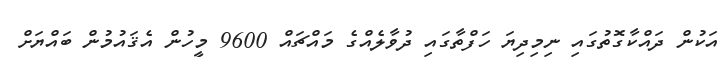
އަކުން ދައްކާގޮތުގައި ނިމިދިޔަ ހަފްތާގައި ދުވާލެއްގެ މައްޗައް 9600 މީހުން އެޤައުމުން ބައްޔަށް